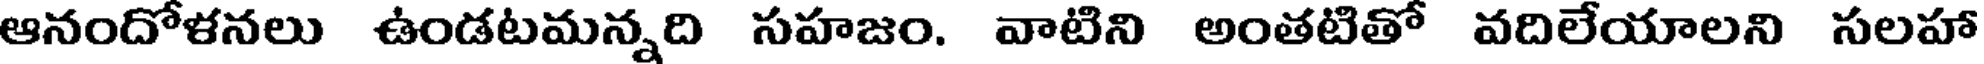
ఆనందోళనలు ఉండటమన్నది సహజం. వాటిని అంతటితో వదిలేయాలని సలహా